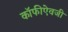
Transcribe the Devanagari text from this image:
कॉफीऐवजी